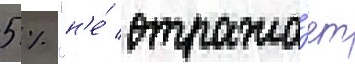
5 % "н'е́ отража́ет